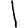
Digit: 1